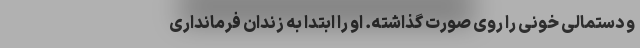
و دستمالی خونی را روی صورت گذاشته. او را ابتدا به زندان فرمانداری